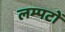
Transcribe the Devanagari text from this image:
लम्पटों